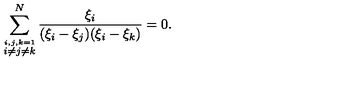
\sum _ { \stackrel { i , j , k = 1 } { i \neq j \neq k } } ^ { N } \frac { \xi _ { i } } { ( \xi _ { i } - \xi _ { j } ) ( \xi _ { i } - \xi _ { k } ) } = 0 .